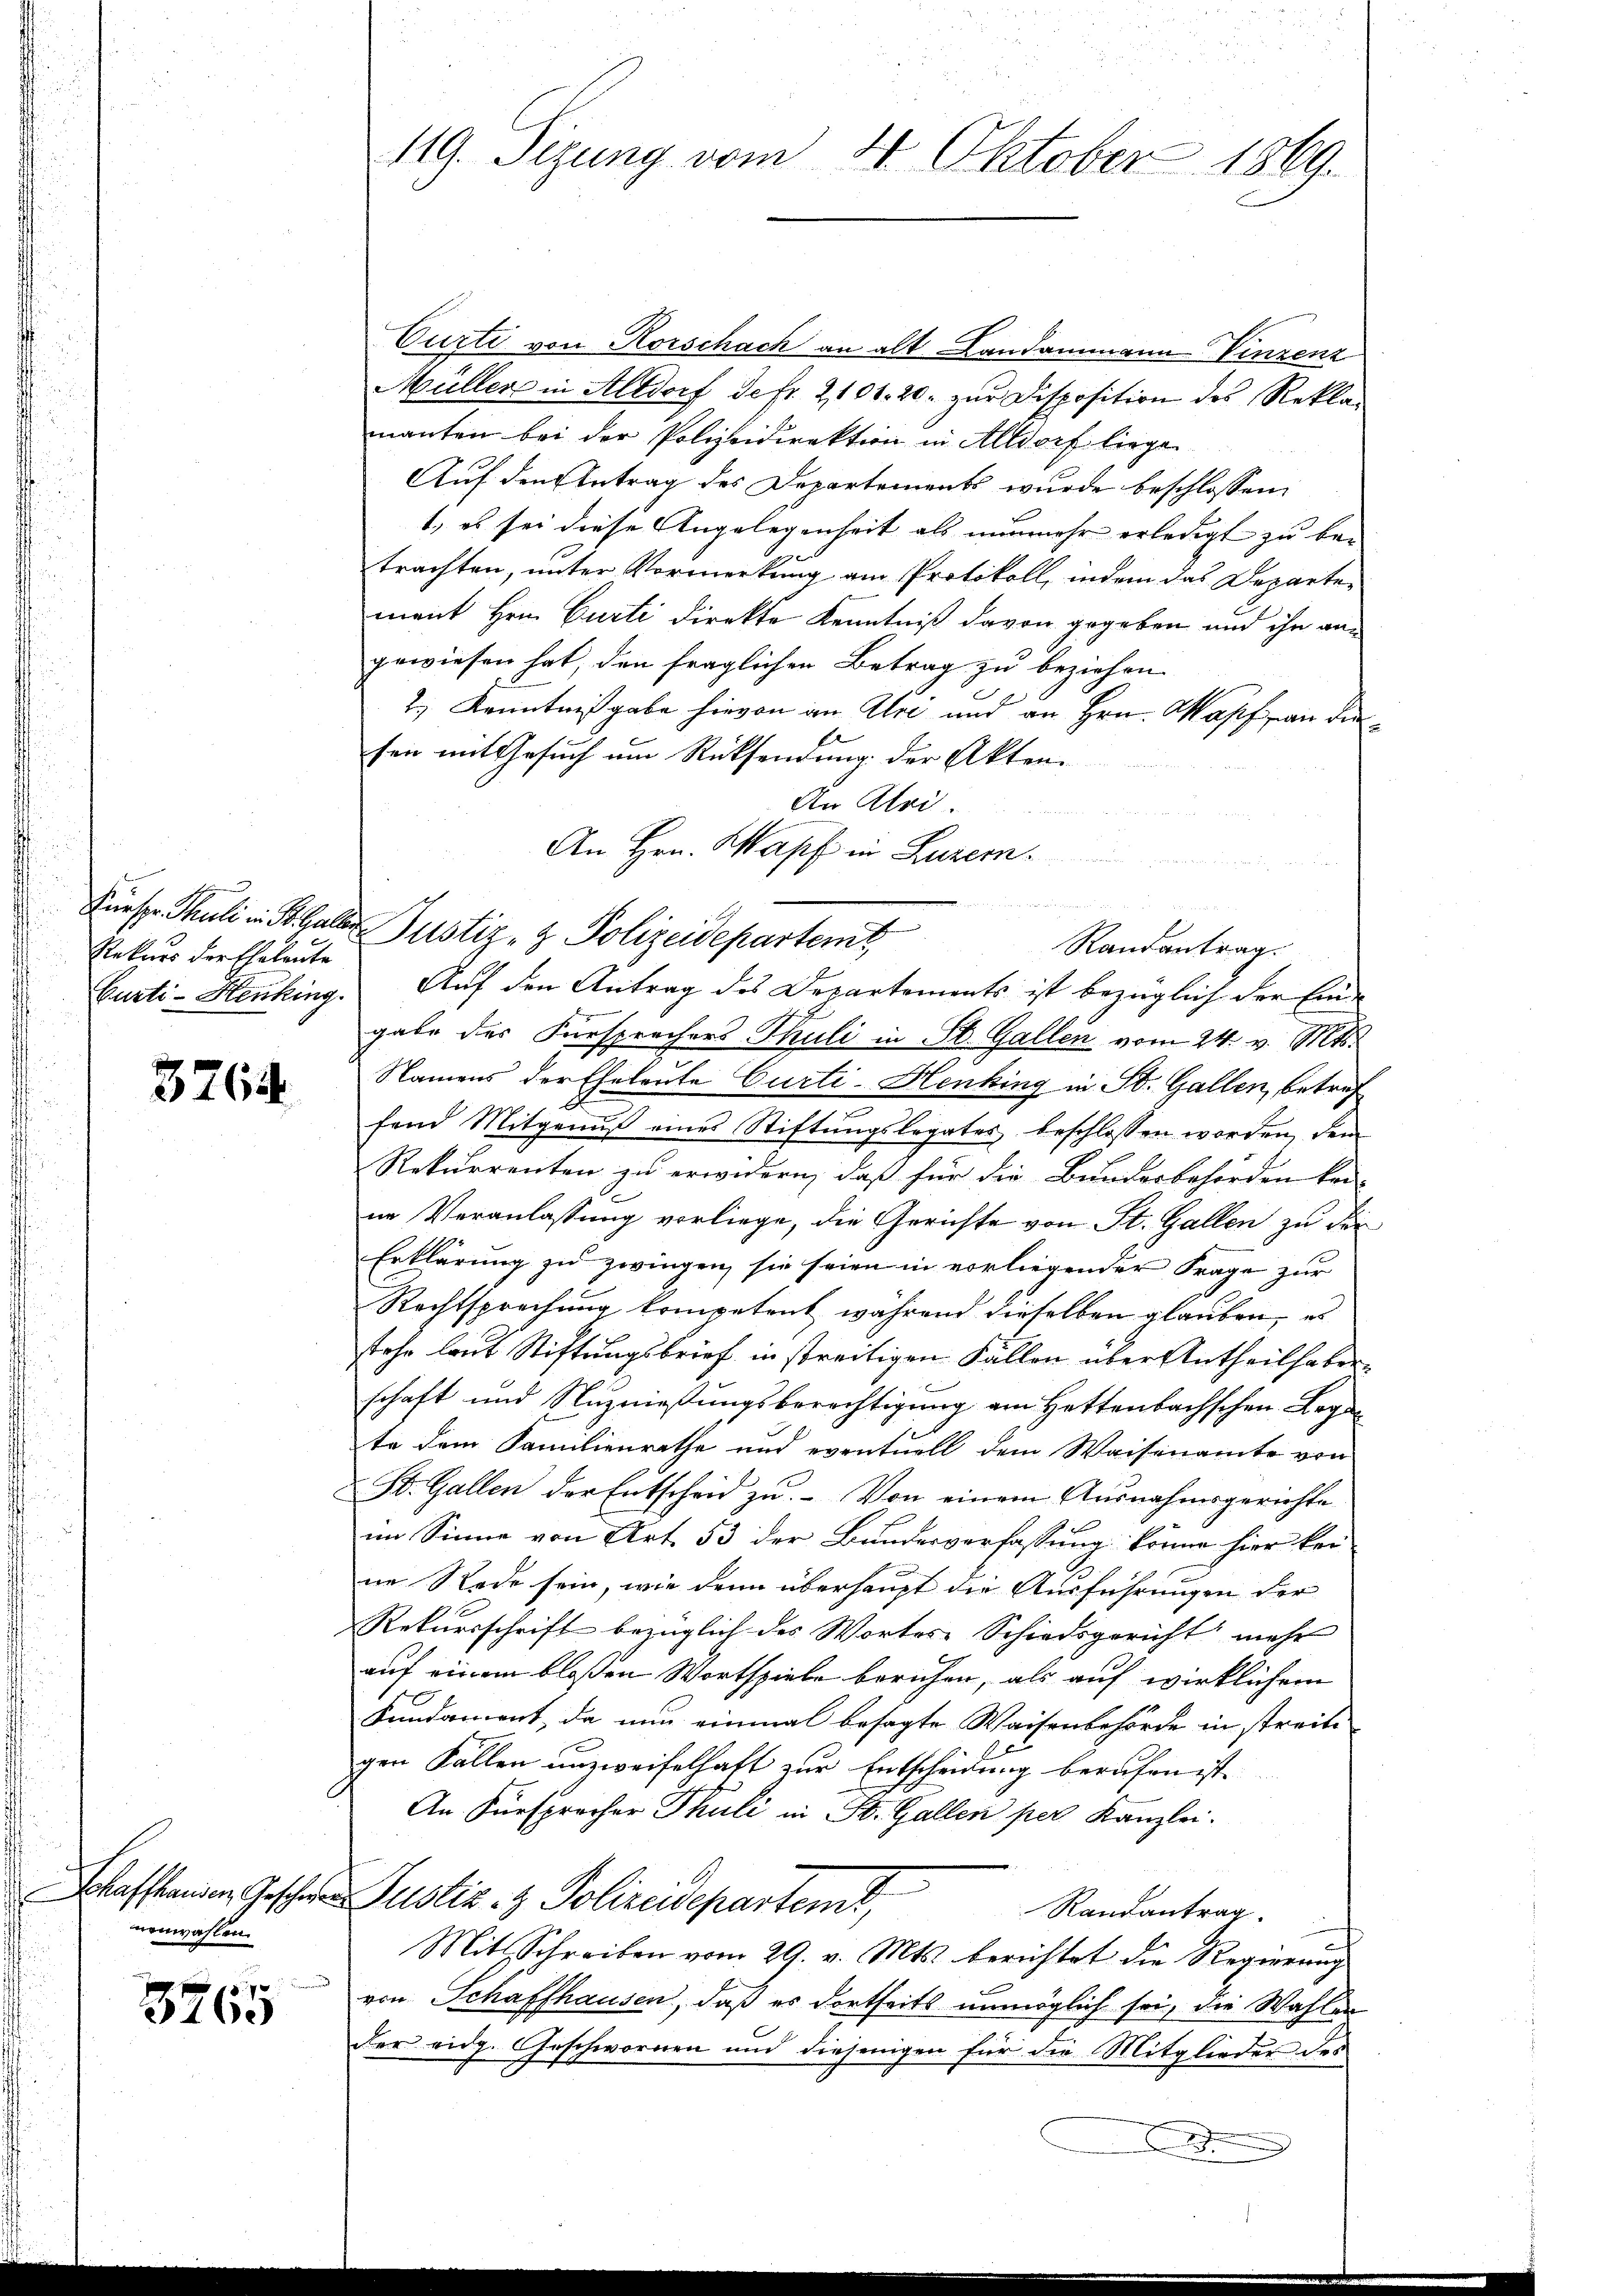
Rekurs der Eheleute

3764.

Schaffhausen, Geschwenenwahlen.
8xx

3260

119. Sizung vom 20. Oktober 1869.

Curti von Korschach an alt Landammann Vinzenz
Müller in Altdorf de fr. 2101. 20. zur Disposition des Reklamanten bei der Polizeidirektion in Altdorf liege
Auf den Antrag des Departements wurde beschlossen:
1. es sei diese Angelegenheit als nunmehr erledigt zu betrachten, unter Vormerkung am Protokoll, indem das Departemant Hrn. Curti direkte Kenntniß davon gegeben und ihn angewiesen hat, den fraglichen Betrag zu beziehen.
2.) Kenntnißgabe hievon an Alte und an Hrn. Kopf an diesen mit Gesuch um Rücksendung der Akten.
An Alri.
An Hrn. Kapf in Luzern.

Kueser Pauli in B. Galer Justiz- & Polizeidepartemt
Curti-Henking. Auf den Antrag des Departements ist bezüglich der Ein-
gabe der Fürsprechers Thuli in St. Gallen vom 24. v. Mts.
Namens der Eheleute Curti-Henking in St. Gallen, betref
fend Mitgenuß eines Stiftungslegates beschlossen worden, dem
Rekurrenten zu erwidern, daß für die Bundesbehörden kei-
in Veranlassung vorliege, die Gerichte von St. Gallen zu der
Erklärung zu zwingen, sie seien in vorliegender Frage zur
Rechtsprechung kompetent während dieselben glauben, es
stehe laut Stiftungsbrief in streitigen Fällen über Antheilhaben
schaft und Nuznießungsberechtigung am Hettenbachschen Legate dem Familienrathe und eventuell dem Waisenamte von
St. Gallen der Entscheid zu. Von einem Ausnahmsgerichte
im Sinne von Art. 53 der Bundesverfassung könne hier kei
ne Rede sein, wie dann überhaupt die Ausführungen der
Rekursschrift bezüglich des Wortes Schiedsgericht mehr
auf einem bloßen Wortspiele beruhen, als auf wirklichem
Fundament, da nun einmal besagte Waisenbehörde in streite
gen Fallen unzweifelhaft zur Entscheidung berufen ist.
An Fürsprecher Thuli in St. Gallen per Kanzlei.
Justiz- & Polizeidepartemt,
Randantrag
Mit Schreiben vom 29. v. Mts. berichtet die Regierung
von Schaffhausen, daß es dortseits unmöglich sei, die Wahlen
der eidg. Geschwornen und diejenigen für die Mitglieder des
e

Randantrag.